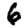
Digit: 6